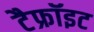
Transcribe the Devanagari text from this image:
टैफ्रॉइट